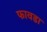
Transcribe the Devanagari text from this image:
फावडा